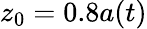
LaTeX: z_{0}=0.8a(t)